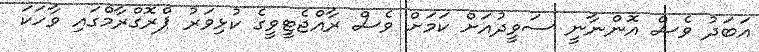
އަބަދު ވެސް އޮންނާނީ ސަވީދުއަށް ކަމަށް ވެސް ރާއްޖެޓީވީގެ ކުޅިވަރު ޕްރޮގްރާމްގައި ވާހަކަ